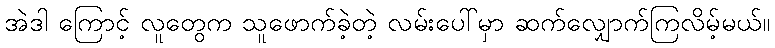
အဲဒါ ကြောင့် လူတွေက သူဖောက်ခဲ့တဲ့ လမ်းပေါ်မှာ ဆက်လျှောက်ကြလိမ့်မယ်။